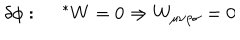
\delta { \phi } : ~ ~ ^ { * } W = 0 \Rightarrow W _ { \mu \nu \rho \sigma } = 0